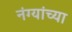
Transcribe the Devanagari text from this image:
नंग्यांच्या